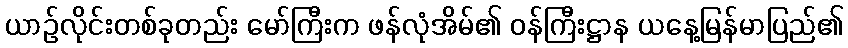
ယာဉ်လိုင်းတစ်ခုတည်း မော်ကြီးက ဖန်လုံအိမ်၏ ဝန်ကြီးဋ္ဌာန ယနေ့မြန်မာပြည်၏